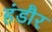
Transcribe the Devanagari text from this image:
हंडौर